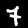
Digit: 7